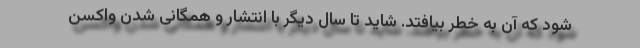
شود که آن به خطر بیافتد. شاید تا سال دیگر با انتشار و همگانی شدن واکسن